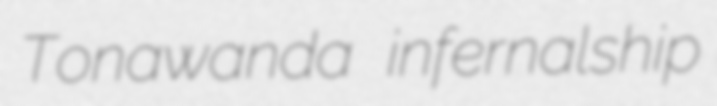
Tonawanda infernalship